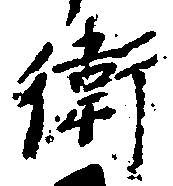
衛